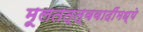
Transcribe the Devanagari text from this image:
मूलतत्त्ववादींमध्ये